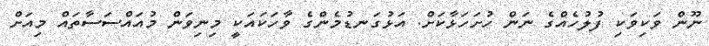
ނޫން ވަކިވަކި ފުލުހެއްގެ ނަން ހުށަހަޅާކަށް. އަޅުގަނޑުމެންގެ ވާހަކައަކީ މިނިވަން މުއައްސަސާތައް މިއަށް